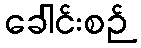
ခေါင်းစဉ်